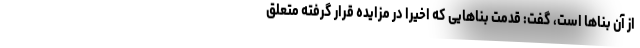
از آن بناها است، گفت: قدمت بناهایی که اخیرا در مزایده قرار گرفته متعلق